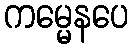
ကမ္မေနပေ